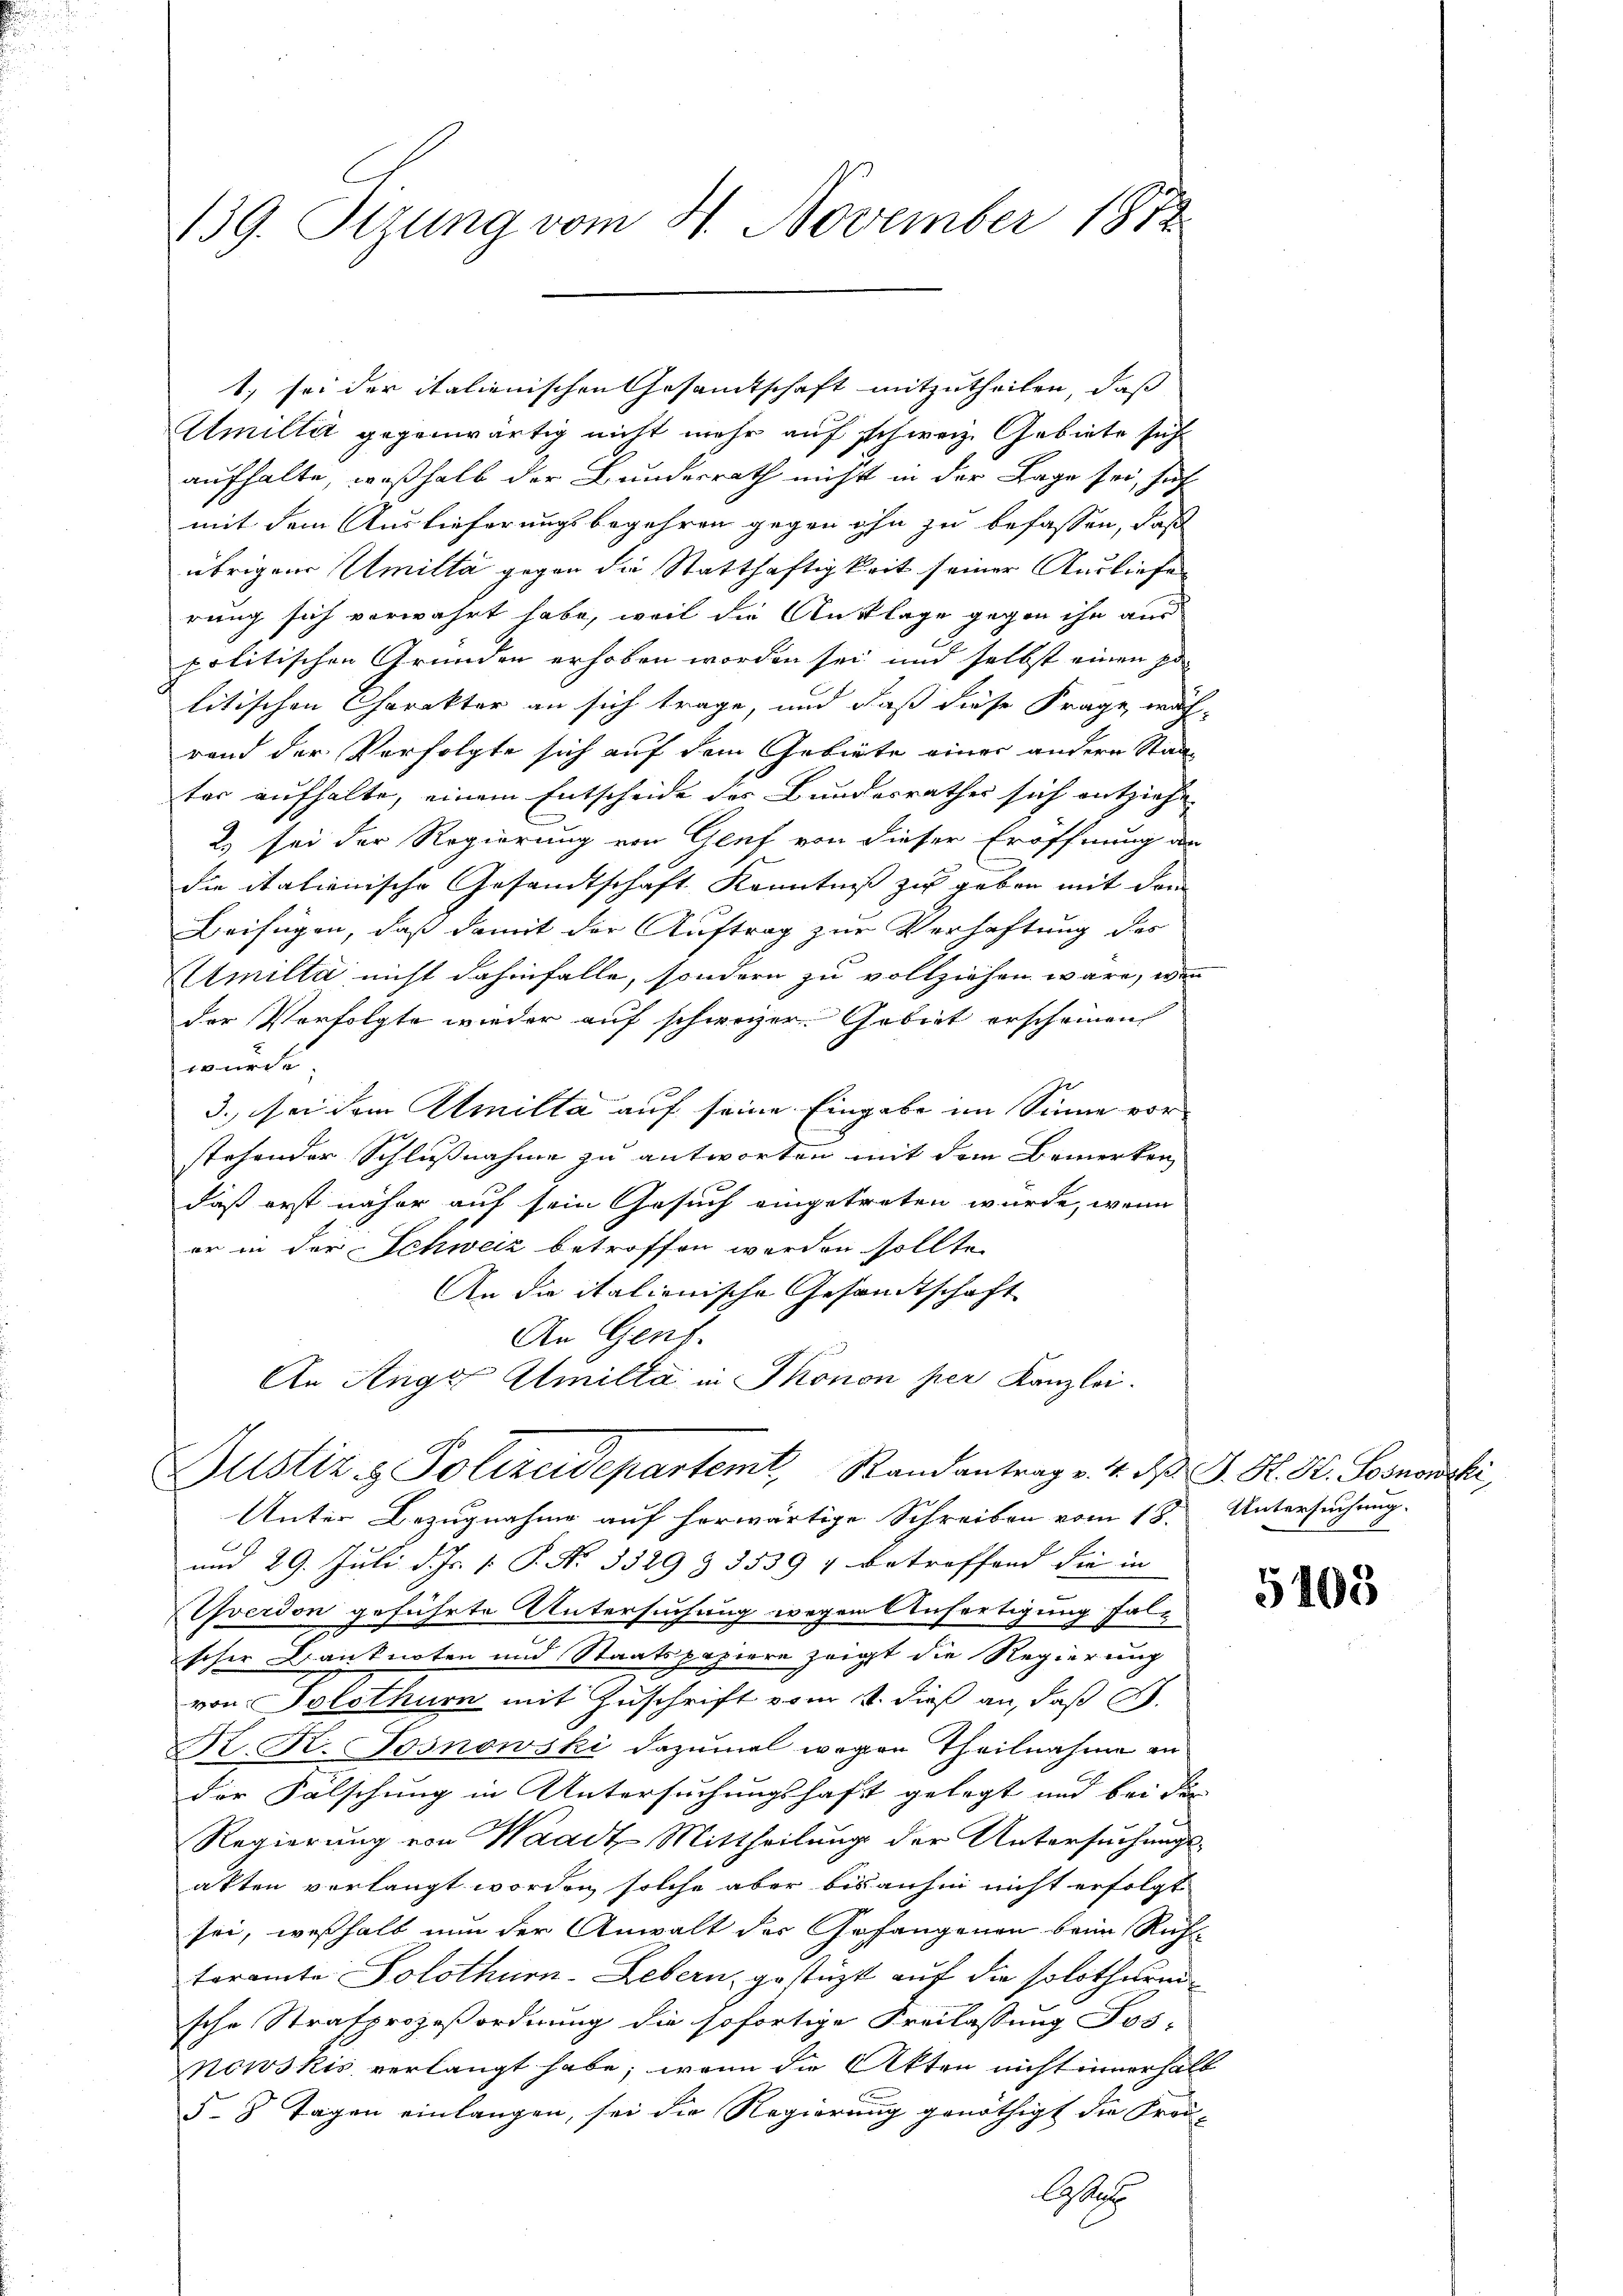
Amiltät gegenwärtig nicht mehr auf schweiz. Gebiete sich
aufhalte, weßhalb der Bundesrath nicht in der Lage sei, sich
mit dem Auslieferungsbegehren gegen ihn zu befassen, daß
übrigen Amiltä gegen die Statthaftigkeit seiner Ausliefe
rung sich verwahrt habe, weil die Auslage gegen ihn aus
politischen Gründen erhoben worden sei und selbst einen zu
litischen Charakter an sich trage, und daß diese Frage wäh-
rand der Verfolgte sich auf dem Gebiete einer andern Staat
ter aufhalte, einem Entscheide des Bundesrathes sich entziehe
2.) sei der Regierung von Genf von dieser Eröffnung der
die italienische Gesandtschaft Kenntniß zu geben mit dem
Beifügen, daß damit der Auftrag zur Verhaftung des
Amilta nicht dahinfalle, sondern zu vollziehen wäre, wenn
der Verfolgte wieder auf schweizer. Gebiet erscheinen
wurde
3. sei dem Amilta auf seine Eingabe im Sinne vorstehender Schlußnahme zu antworten mit dem Bemerken,
daß erst näher auf sein Gesuch eingetreten wurde, wenn
er in der Schweiz betroffen werden sollte.
An die italienische Gesandtschaft
An Genf.
An Ange Atmilta in Thonon per Kanzlei.
Justiz & Polizeidepartemt Randantrag v. 4. d. J. H. St. Soonowski
Unter Bezugnahme auf herwärtige Schreiben vom 18. Untersuchung.
und 29. Juli d. Js. v. P. Nr. 3329 § 3539 7 betreffend die in
verdon geführte Untersuchung wegen Anfertigung falscher Banknoten und Staatspapiere zeigt die Regierung
von Solothurn mit Zuschrift vom 1. dieß an, daß d
K. R. Tosnowski dazumal wegen Theilnahme in
der Falschung in Untersuchungshaft gelegt und bei die
Regierung von Waadt Mittheilung der Untersuchungs-
akten verlangt worden solche aber bisanhin nicht erfolgt
sei, weßhalb nun der Anwalt der Gefangenen beim Ruf
teramte Solothurn-Lebern, gestüzt auf die solothurn
sche Strafprozeßordnung die sofortige Freilassung Fos-
powskis verlangt habe; wenn die Akten nicht innerhal¬
5. 8 Tagen einlangen, sei die Regierung genöthigt die Frei-
Ablehe

139. Stzung vom 4. November 1872

1. sei der italienischen Gesamtschaft mitzutheilen, daß

2

5103